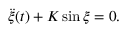
\ddot { \xi } ( t ) + K \sin \xi = 0 .